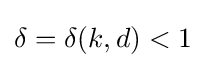
\delta =\delta (k,d)<1